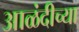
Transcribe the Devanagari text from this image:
आळंदीच्या